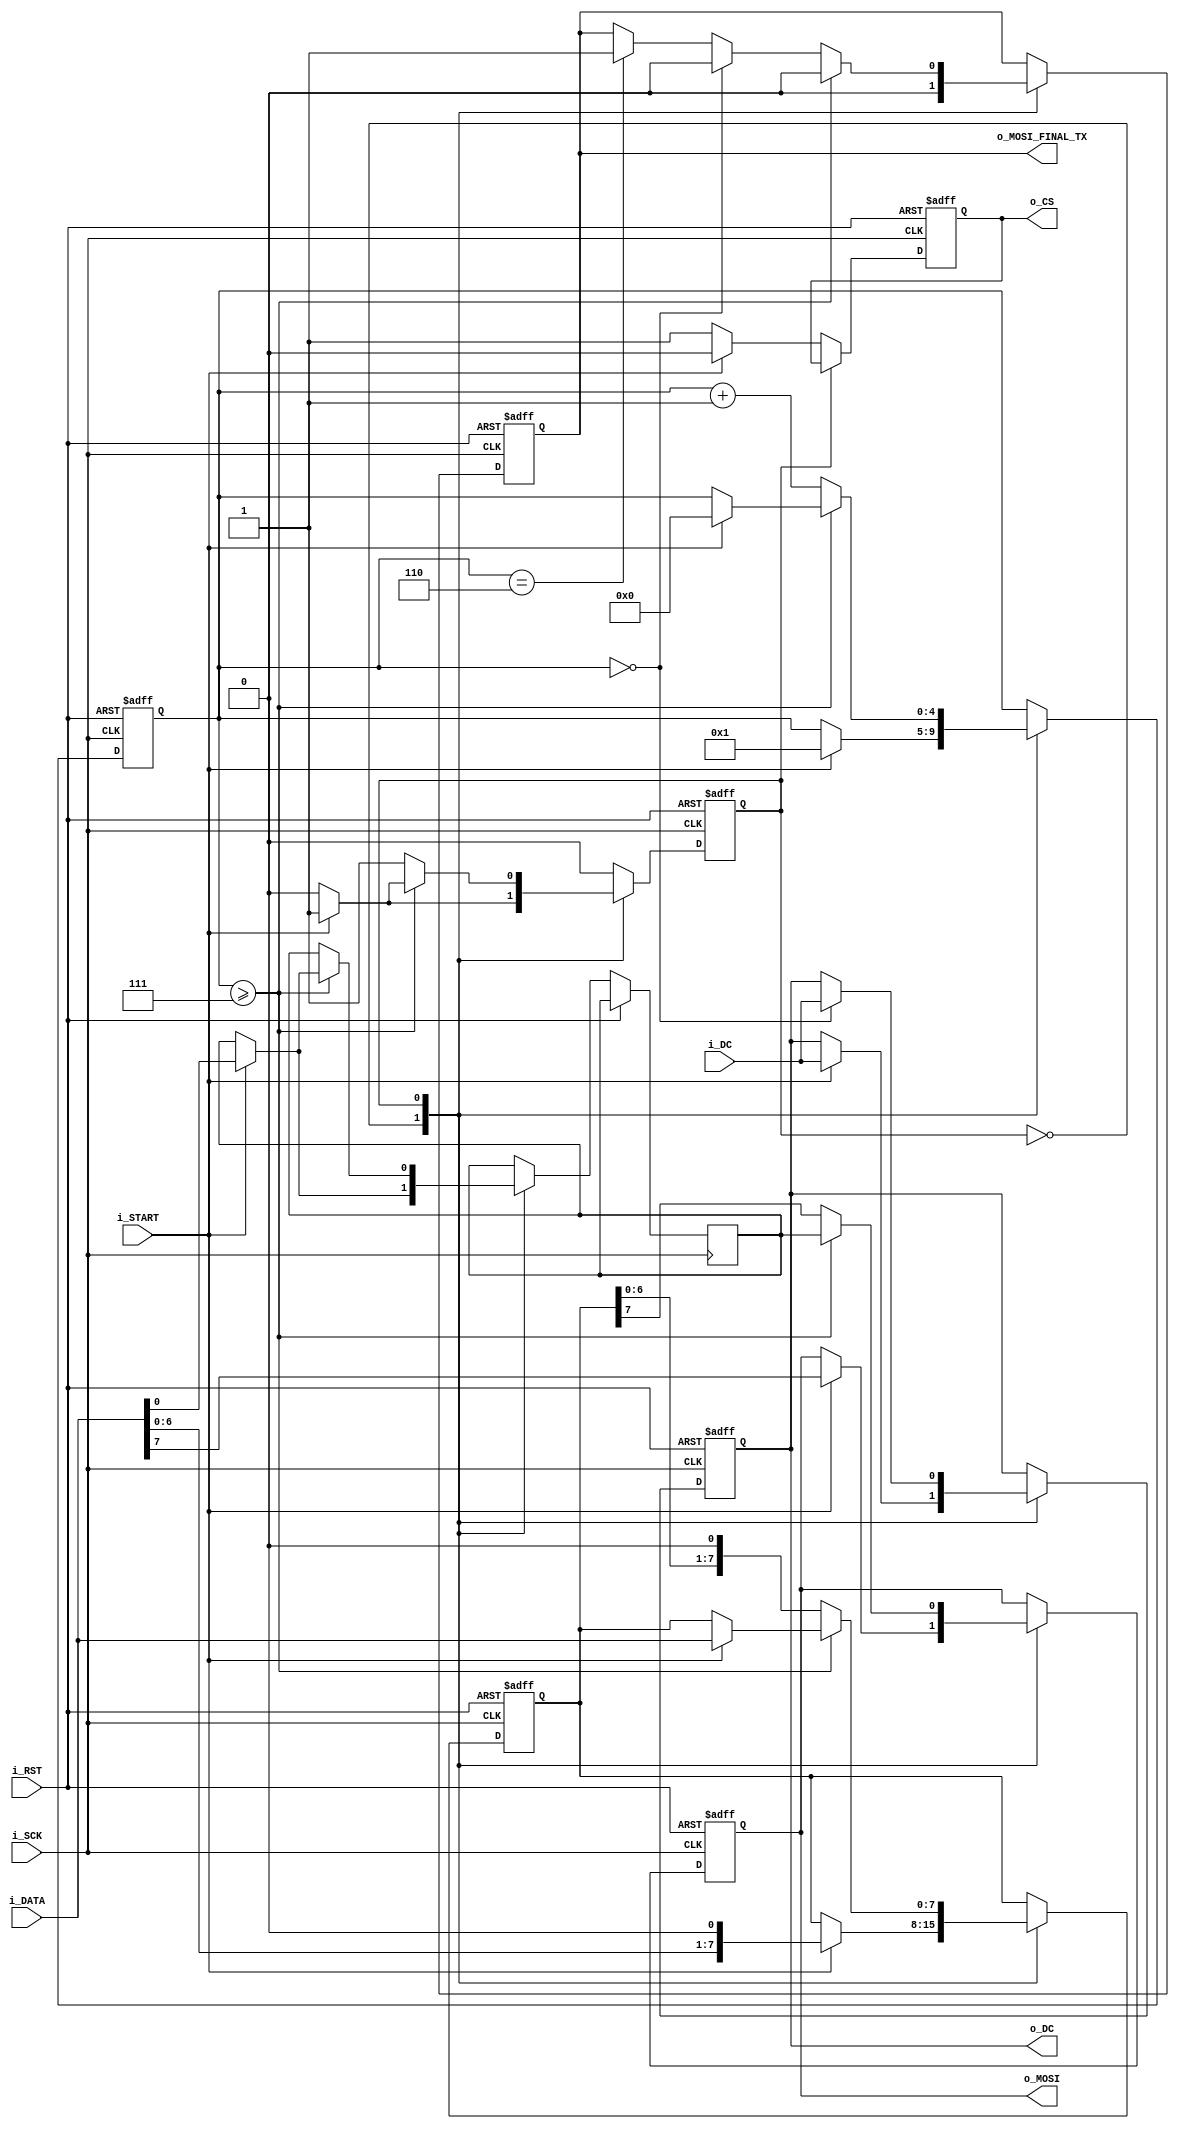
module Nbit_MOSI_SPI (input i_SCK,
                      input i_RST,
                      input [WIDTH-1: 0] i_DATA,
                      input i_START,               //initiate transmit on MOSI
                      input i_DC,                  //DATA/COMMAND bits
                      output reg o_MOSI,           //update bit on falling edge
                      output reg o_CS,
                      output reg o_DC,             //DATA/COMMAND bit
                      output reg o_MOSI_FINAL_TX); //asserted after last bit transmitted
    
    parameter WIDTH = 8; //# of serial bits to transmit over MOSI, loaded from i_DATA
    
    localparam idle = 1'b0,
    transmit = 1'b1;
    
    reg      s_state_reg;  //state register
    reg [WIDTH-1:0] s_data_reg;   //reg to store N bits to transfer over MOSI
    reg [4:0] s_bit_reg; //count of how many bits transmitted (up to 32, can increase if needed)
    
    reg s_MOSI_LSB; //holds LSB bit for crossover
    
    always @(negedge i_SCK, posedge i_RST)
        if (i_RST)
        begin
            s_state_reg     <= idle;
            s_data_reg      <= 0;
            o_MOSI          <= 1'b0;
            o_CS            <= 1'b1;
            o_DC            <= 1'b0;
            o_MOSI_FINAL_TX <= 1'b0;
            s_bit_reg       <= 0;
        end
    
    else
    begin
    case(s_state_reg)
        idle:
        begin
            o_MOSI_FINAL_TX <= 1'b0;
            if (i_START)
            begin
                s_state_reg <= transmit;
                
                o_MOSI <= i_DATA[WIDTH-1];
                o_CS   <= 1'b0;
                o_DC   <= i_DC;
                
                s_bit_reg  <= 1; //start at second MSB
                s_MOSI_LSB <= i_DATA[0]; //Save LSB for last transmit
                s_data_reg <= i_DATA << 1;
                
            end
            else
                o_CS <= 1'b1;
        end
        transmit:
        begin
            if (s_bit_reg == 0) //if first bit, update o_DC
            begin
                o_DC <= i_DC; //assign new D/C bit
                o_MOSI_FINAL_TX <= 1'b0;
            end
            else if (s_bit_reg == WIDTH - 2) //If transmitting second to last bit of byte
            begin
                o_MOSI_FINAL_TX <= 1'b1; //flag indicating next bit is last tx
            end

            if (s_bit_reg >= WIDTH - 1) //If transmitting last bit of byte
            begin
                o_MOSI          <= s_MOSI_LSB;
                o_MOSI_FINAL_TX <= 1'b0;
                if (i_START == 1'b1) //if transmitting another byte, stay in state but reset bit count
                begin
                    s_bit_reg  <= 0;
                    s_data_reg <= i_DATA;
                    s_MOSI_LSB <= i_DATA[0];
                end
                else //idle if not immediately transmitting another byte
                    s_state_reg <= idle;
            end
            else //if not last bit
            begin
                o_MOSI          <= s_data_reg[WIDTH-1];
                s_data_reg      <= s_data_reg << 1; //shift transmit bits left 1 since MSB received first
                s_bit_reg       <= s_bit_reg + 1;
            end
            
        end
    endcase
    
    end
    
endmodule